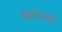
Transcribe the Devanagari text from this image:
बामणेवाडी